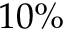
1 0 \%